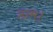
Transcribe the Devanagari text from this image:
ठाम।